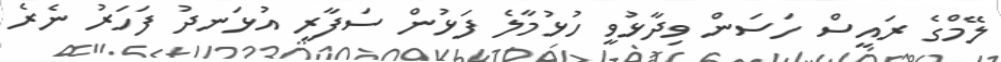
ލޭމްގެ ރައީސް ހަސަން ވިދާޅުވީ ހުޅުމާލެ ފަޅުން ސަފާރީ އުޅަނދު ފަހަރު ނެރެ